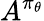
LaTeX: A^{\pi_{\theta}}